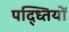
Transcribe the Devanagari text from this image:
पद्ध्तियों